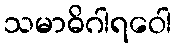
သမာဓိဂါရဝေါ